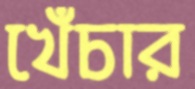
খেঁচার